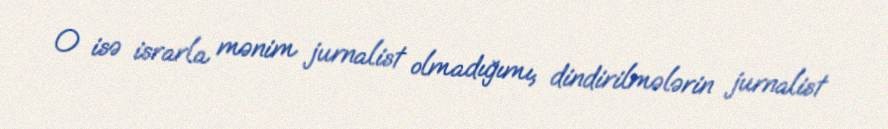
O isə israrla mənim jurnalist olmadığımı, dindirilmələrin jurnalist